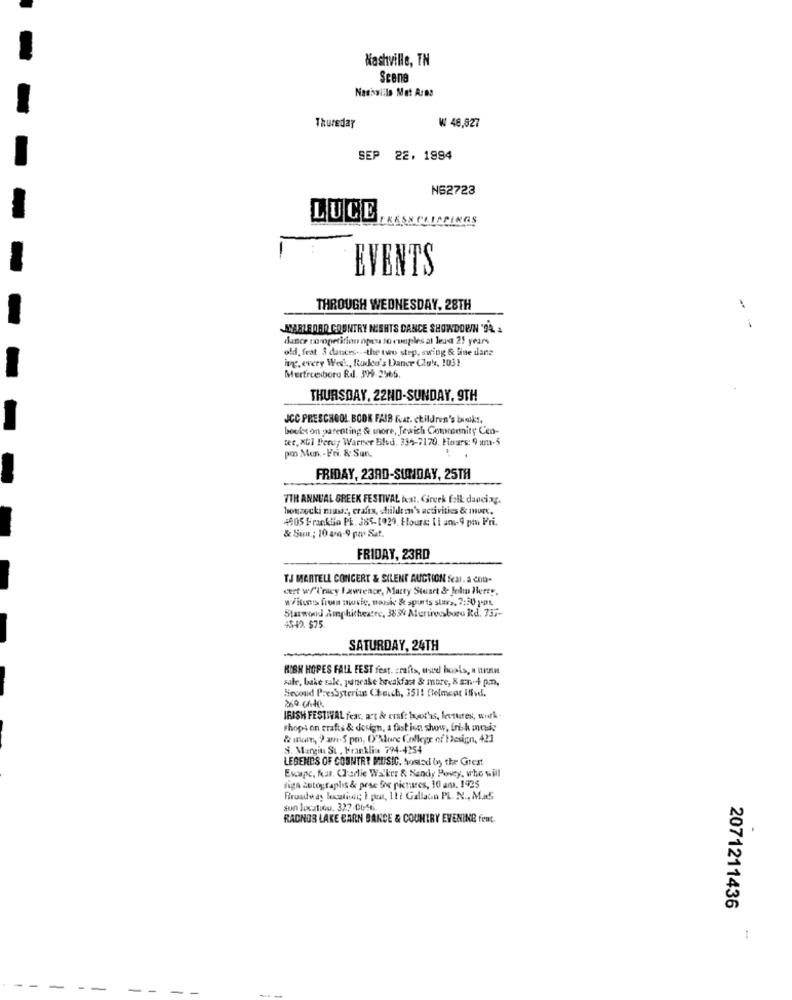
Nashville, TN
Scene
Nashville Met ArBs
Thursday
₩ 48,827
SEP 22. 1884
N62723
LUCE
ENESS CLIPPINGS
EVENTS
THROUGH WEDNESDAY, 28TH
MEBLEORD COUNTRY NIGHTS DANCE SHOWDOWN '94 .
- -
dance comopetition npou lo couples at least 25 years
old, frat 3 datces ..- the turo step, swing & line dane
ivg.every West ., Rodeo's Dance Club, 1031
Mertruesbora Rd. 399-2965.
THURSDAY, 22ND-SUNDAY, 9TH
JCC PRESCHOOL BOOK FAIR Fuat. children's burk !,
booles on parenting & more, Jewich Community Cen-
tet. XUI Percy Warrer Blvd. 334-7170. Hours: 9 am-5
po Mon- Fri. & Sun.
FRIDAY, 2380-SUNDAY, 25TH
7TH ANNUAL GREEK FESTIVAL Icat. Gircek folk dancing.
howzecki music, crafts, shildem's activities & murc.
4505 franklia PL. J85-[029, Flours: 1 i am-9 pm Pri.
& Sun .; 10 a10-9 pm Sat.
FRIDAY, 23RD
TJ MARTELL CONCERT & SILENT AUCTION Scal. a COD-
cert w/'l'nicy lawrence, Marty Stuart & John Here".
w/itunes from movie, massk & sports stars, 7:30 ppt.
Starwood Amphitheatre, 3834 Mericosboro Rd. 737-
43-42. $75.
SATURDAY, 24TH
HIGH HOPES FALL FEST fest. crafts, esed buals, a nnnn
sale, bake sale, pancake breakfast & more, & an .- + p.m.
Second Presbyterian (tuich, 3511 felment Iffvd.
IRISH FESTIVAL fear. art & craft byorys, lectures, work .
shops on crafts & design, a fast ion show, irish music
& we, 9 am-5 pm, O"Mure College of Design, 421
S. Mangin St , Franklin 794-4254
LEGENDS OF COUNTRY MUSIC. NostEd by the Great
Excapc, four. Charlie Walker & Sandy Povcy, who will
sign autographs & prac for pictures, 10 am. 1935
Broadway location; I pon, 11t Gallaun PL. N ., M.x5
sun location. 327.0016.
RADNOS LAKE CARN BANCE & COUNTRY EVENING fenc.
2071211436
: